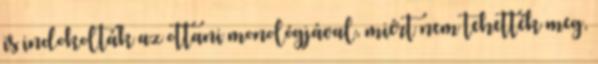
is indokolták az ottani monológjával, miért nem tehették meg,